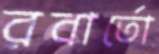
রবার্তো